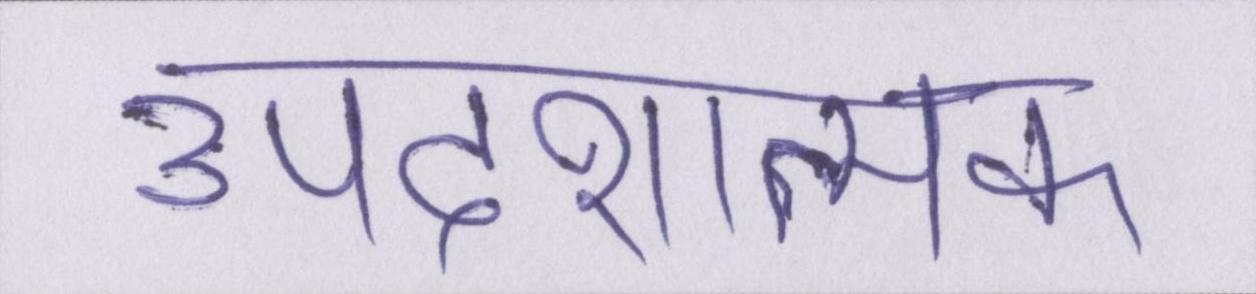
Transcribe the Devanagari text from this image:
उपदेशात्मक